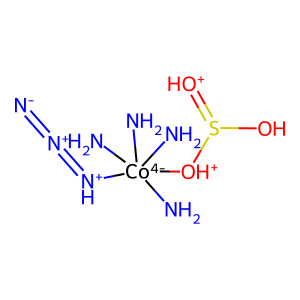
SMILES: [N-]=[N+]=[NH+][Co-4](N)(N)(N)(N)[OH+]S(O)=[OH+]
Inhibits HIV replication: No